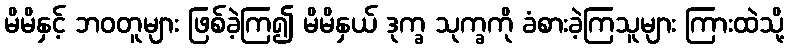
မိမိနှင့် ဘဝတူများ ဖြစ်ခဲ့ကြ၍ မိမိနှယ် ဒုက္ခ သုက္ခကို ခံစားခဲ့ကြသူများ ကြားထဲသို့